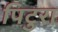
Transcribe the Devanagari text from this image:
पिटुरा